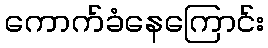
ကောက်ခံနေကြောင်း